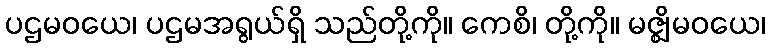
ပဌမဝယေ၊ ပဌမအရွယ်ရှိ သည်တို့ကို။ ကေစိ၊ တို့ကို။ မဇ္ဈိမဝယေ၊